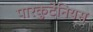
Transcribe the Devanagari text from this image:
पारकुटेनियस